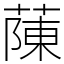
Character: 蔯